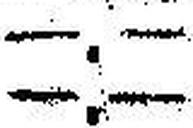
—.—